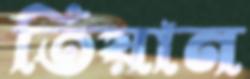
তিয়ান